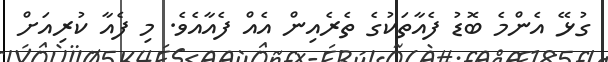
ގުޅޭ އެންމެ ބޮޑު ފެއާތަކުގެ ތެރެއިން އެއް ފެއާއެވެ. މި ފެއާ ކުރިއަށް